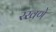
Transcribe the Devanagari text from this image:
रखणे